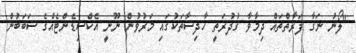
"ލޯނު ނަގާ ފަރާތްތައް ދިމާވާ ގުދުރަތީ ހާދިސާތަކުގައި މަރުވުން ނޫނީ އެކްސިޑެންޓެއްގެ ސަބަބުން